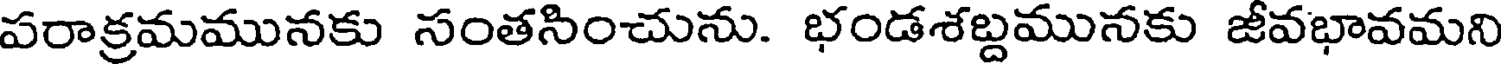
పరాక్రమమునకు సంతసించును. భండశబ్దమునకు జీవభావమని